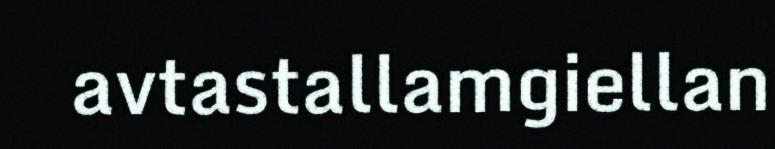
avtastallamgiellan